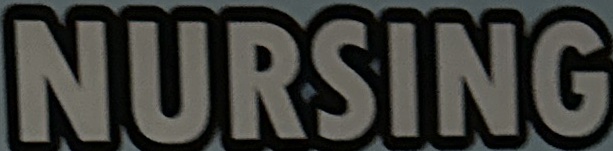
NURSING